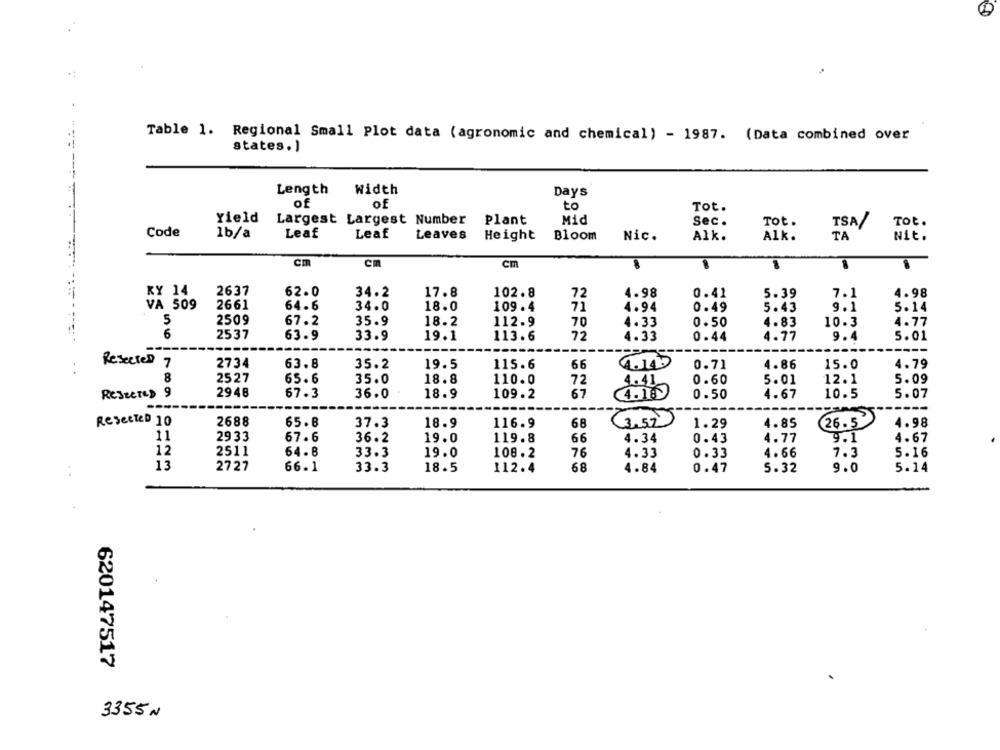
Table 1. Regional Small Plot data (agronomic and chemical) - 1987. (Data combined over
states.)
Length
Width
Days
of
of
to
Tot.
Yield
Largest Largest Number
Plant
Mid
Sec.
Tot.
TSA/
Tot.
Code
1b/a
Leaf
Leaf
Leaves Height
Bloom
Nic.
Alk.
Alk.
TA
Nit.
Cm
Cm
Cm
2637
62.0
34.2
102.8
4.98
5.39
7.1
4.98
KY 14
17.8
72
0.41
VA 509
2661
64.6
34.0
18.0
109.4
71
4.94
0.49
5.43
9.1
5.14
5
2509
35.9
18.2
112.9
4.33
0.50
10.3
4.77
67.2
70
4.83
6
2537
63.9
33.9
19.1
113.6
72
4.33
0.44
4.77
9.4
5.01
Resected
2734
63.8
35.2
19.5
115.6
66
4.14
0.71
4.86
15.0
4.79
8
2527
65.6
35.0
18.8
110.0
4.41
0.60
5.01
12.1
5.09
72
Resected 9
2948
67.3
36.0
18.9
109.2
67
4.18.
0.50
4.67
10.5
5.07
----
26.5
ReseCTED 10
2688
65.8
37.3
18.9
116.9
68
(3.52)
1.29
4.85
4.98
11
2933
67.6
36.2
19.0
119.8
66
4.34
0.43
4.77
9.1
4.67
12
2511
64 - 8
33.3
19.0
108.2
76
4.33
0.33
4.66
7.3
5.16
13
2727
66.1
33.3
18.5
112.4
68
4.84
0.47
5.32
9.0
5.14
620147517
3355 N